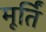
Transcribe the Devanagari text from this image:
मूर्तिं